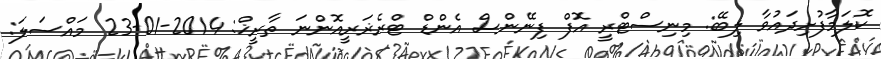
ކޮލަމާފުށިދައުވާ ލިބޭ: މިނިސްޓްރީ އޮފް ފިނޭންސް އެންޑް ޓްރެޜަރީއޮންނަ ތާރީޚް: 2014-01-23 މައްސަލަ: